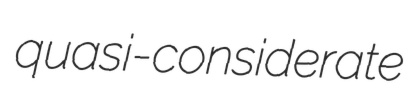
quasi-considerate